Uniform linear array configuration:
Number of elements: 64
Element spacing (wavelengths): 0.5
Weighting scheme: blackman
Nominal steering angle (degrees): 60
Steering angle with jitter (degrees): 61.85
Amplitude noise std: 0.05
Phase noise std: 0.05

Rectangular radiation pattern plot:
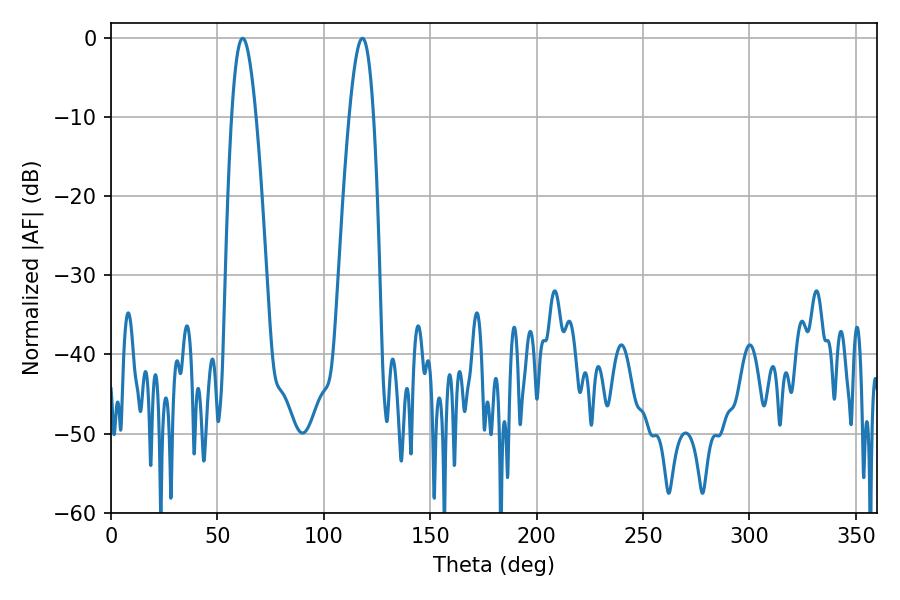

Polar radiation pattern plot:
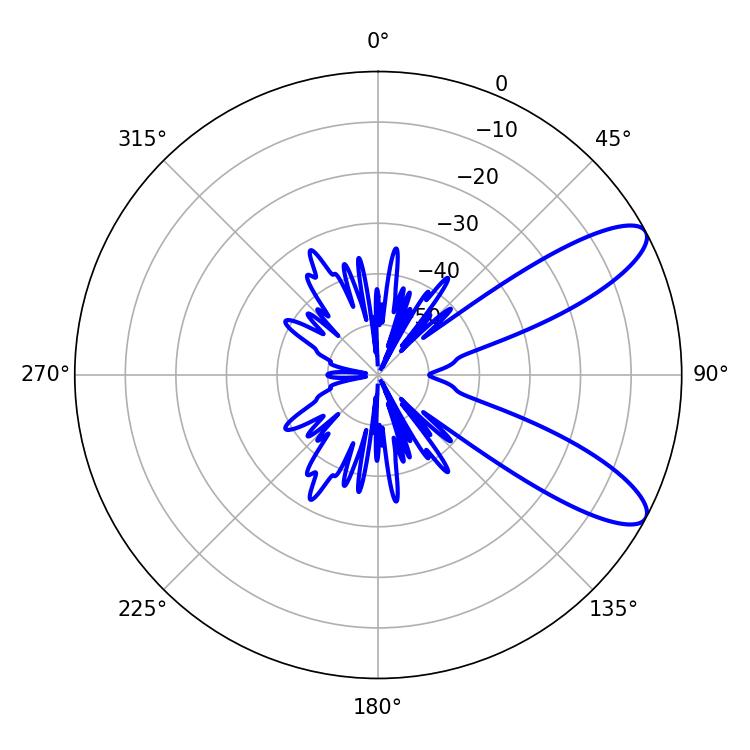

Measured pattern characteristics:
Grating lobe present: FALSE
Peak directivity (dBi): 9.805
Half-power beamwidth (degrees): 6.3
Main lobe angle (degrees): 61.92